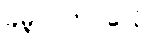
ခမ္ဘကတဝဂ္ဂေါ